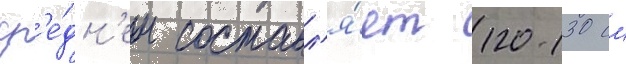
ср'е́дн'ем составл'я́ет 120-130 см